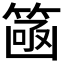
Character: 𮅮